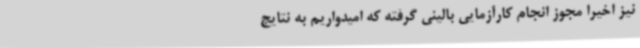
نیز اخیرا مجوز انجام کارآزمایی بالینی گرفته که امیدواریم به نتایج